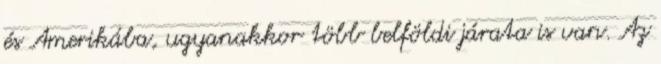
és Amerikába, ugyanakkor több belföldi járata is van. Az